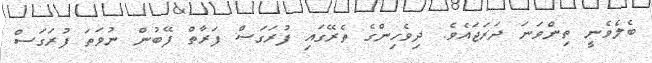
ބެލެވެނީ ތިންވަނަ ދަރަޖައެވެ. ދިވެހިންގެ ތެރޭގައި ފުރަގަސް ފަރާތް ފޭބުން ނުވަތަ ފުރަގަސް